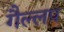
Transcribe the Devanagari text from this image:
गैल्लप